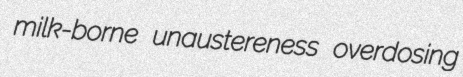
milk-borne unaustereness overdosing